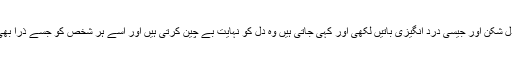
’’درحقیقت دینی مباحثات و مناظرات (میں) جو دل شکن اور جیسی درد انگیزی باتیں لکھی اور کہی جاتی ہیں وہ دل کو نہایت بے چین کرتی ہیں اور اسے ہر شخص کو جسے ذرا بھی اسلام کا خیال ہو گا روحانی تکلیف پہنچتی ہے۔